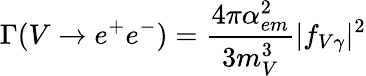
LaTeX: \Gamma(V\rightarrow e^{+}e^{-})=\frac{4\pi\alpha_{em}^{2}}{3m_{V}^{3}}|f_{V\gamma}|^{2}